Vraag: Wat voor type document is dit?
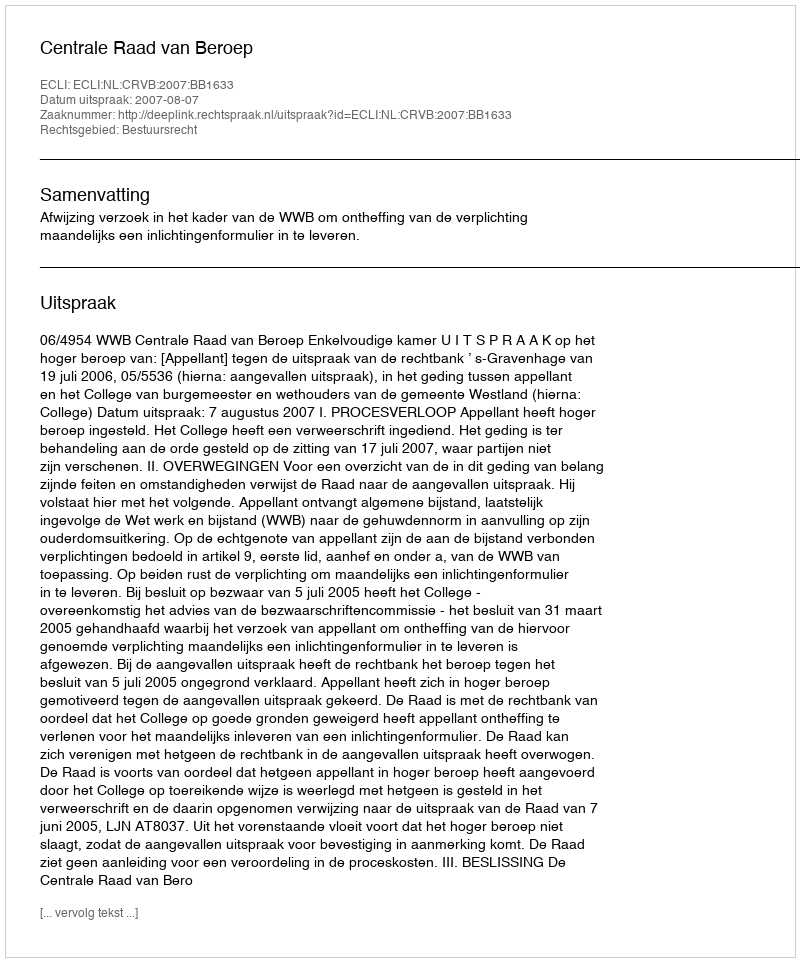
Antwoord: Uitspraak